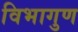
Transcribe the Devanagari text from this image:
विभागुण